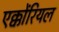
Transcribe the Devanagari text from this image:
एक्कोंरियल